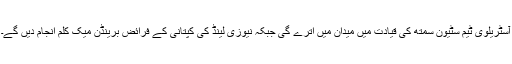
آسٹریلوی ٹیم سٹیون سمتھ کی قیادت میں میدان میں اترے گی جبکہ نیوزی لینڈ کی کپتانی کے فرائض برینڈن میک کلم انجام دیں گے۔